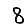
Digit: 8